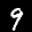
Label: 9